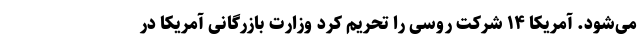
می‌شود. آمریکا ۱۴ شرکت روسی را تحریم کرد وزارت بازرگانی آمریکا در